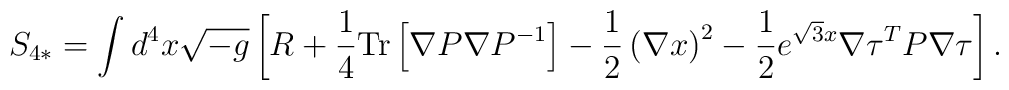
S_{4*} = \int d^4 x \sqrt{-g} \left[ R +\frac{1}{4} {\rm Tr} \left[ \nabla P \nabla P^{-1} \right] -\frac{1}{2} \left( \nabla x \right)^2 -\frac{1}{2} e^{\sqrt{3} x} \nabla\tau^T P \nabla\tau \right]  .